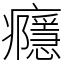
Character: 癮